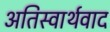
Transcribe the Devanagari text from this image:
अतिस्वार्थवाद